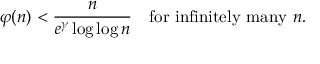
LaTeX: \varphi ( n ) < { \frac { n } { e ^ { \gamma } \log \log n } } \quad { \mathrm { f o r ~ i n f i n i t e l y ~ m a n y ~ } } n .